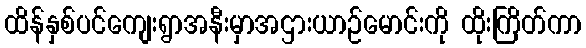
ထိန်နှစ်ပင်ကျေးရွာအနီးမှာအဌားယာဉ်မောင်းကို ထိုးကြိတ်ကာ